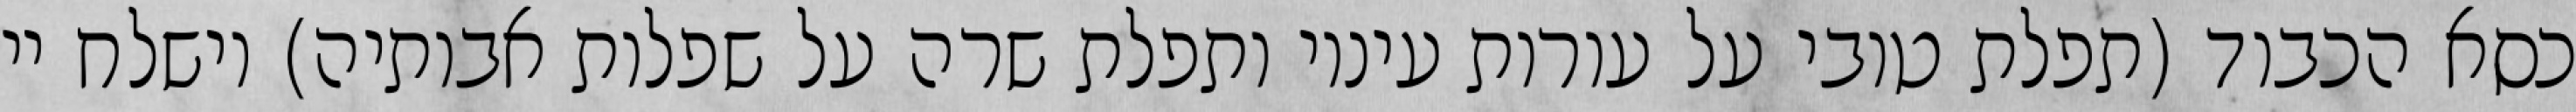
כסא הכבוד (תפלת טובי על עורות עיניו ותפלת שרה על שפלות אבותיה) וישלח יי